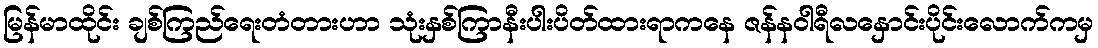
မြန်မာထိုင်း ချစ်ကြည်ရေးတံတားဟာ သုံးနှစ်ကြာနီးပါးပိတ်ထားရာကနေ ဇန်နဝါရီလနှောင်းပိုင်းလောက်ကမှ